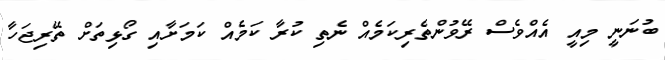
ބުނަނީ މިއީ އެއްވެސް ރޭވުންތެރިކަމެއް ނެތި ކުރާ ކަމެއް ކަމަށާއި ގޯޅިތަށް ތޭރިޖަހާ